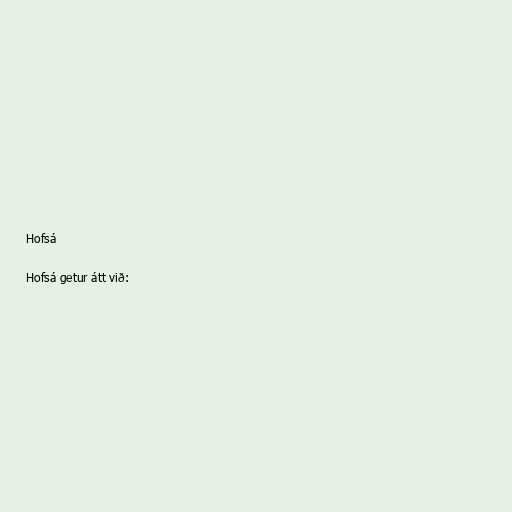
Hofsá

Hofsá getur átt við: